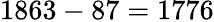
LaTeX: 1863-87=1776